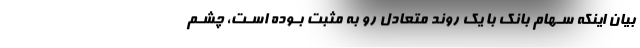
بیان اینکه سـهام بانک با یک روند متعادل رو به مثبت بـوده اسـت، چشـم